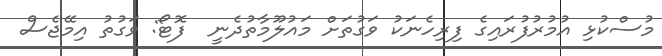
މުސްކުޅި އުމުރުފުރައިގެ ފިރިހެނަކު ވަގުތަށް މައުލޫމާތުދެނީ  ފޮޓޯ: ވަގުތު އިމޭޖެސް